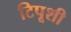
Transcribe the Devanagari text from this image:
टिपूशी